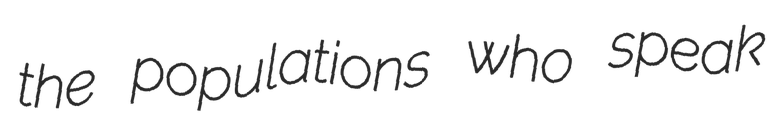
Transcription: the populations who speak